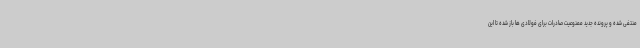
منتفی شده و پرونده جدید ممنوعیت صادرات برای فولادی ها باز شده تا این